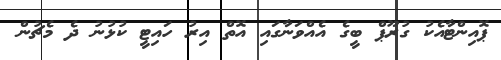
ޕޮއިންޓާއެކު ގުރޫޕް ބީގެ އެއްވަނާގައި އޮތް އިރު ހައިޓީ ކުޅުނު ދެ މެޗުން